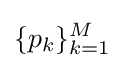
\{p_{k}\}_{k=1}^{M}